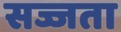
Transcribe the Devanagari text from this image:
सज्जता